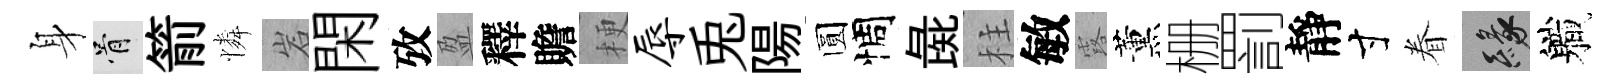
身骨箭憐岩閑攷盈釋贍梗辱兎陽圆惆彘柱敏露薰栅罰靜寸眷緣軄